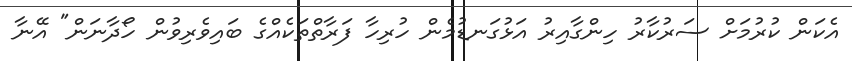
އެކަން ކުރުމަށް ސަރުކާރު ހިންގާއިރު އަޅުގަނޑުމެން ހުރިހާ ފަރާތްތަކެއްގެ ބައިވެރިވުން ހޯދާނަން" އޭނާ